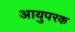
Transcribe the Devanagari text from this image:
आयुपरक